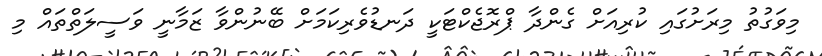
މިވަގުތު މިރަށުގައި ކުރިއަށް ގެންދާ ޕްރޮޖެކްޓަކީ ދަނޑުވެރިކަމަށް ބޭނުންވާ ޒަމާނީ ވަސީލަތްތައް މި